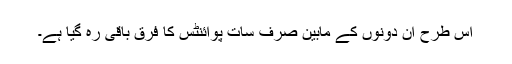
اس طرح ان دونوں کے مابین صرف سات پوائنٹس کا فرق باقی رہ گیا ہے۔